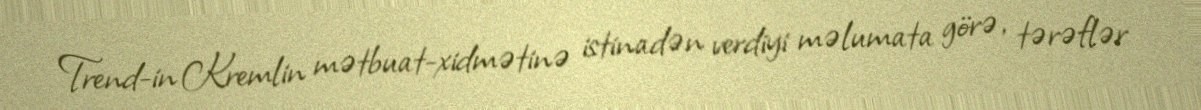
Trend-in Kremlin mətbuat-xidmətinə istinadən verdiyi məlumata görə, tərəflər